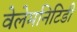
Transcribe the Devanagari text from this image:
वेलेमनिटिडी